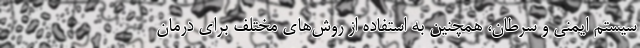
سیستم ایمنی و سرطان، همچنین به استفاده از روش‌های مختلف برای درمان